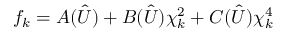
{ f _ { k } } = A ( \hat { U } ) + B ( \hat { U } ) \chi _ { k } ^ { 2 } + C ( \hat { U } ) \chi _ { k } ^ { 4 }